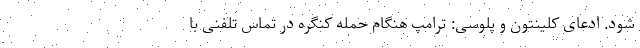
شود. ادعای کلینتون و پلوسی: ترامپ هنگام حمله کنگره در تماس تلفنی با